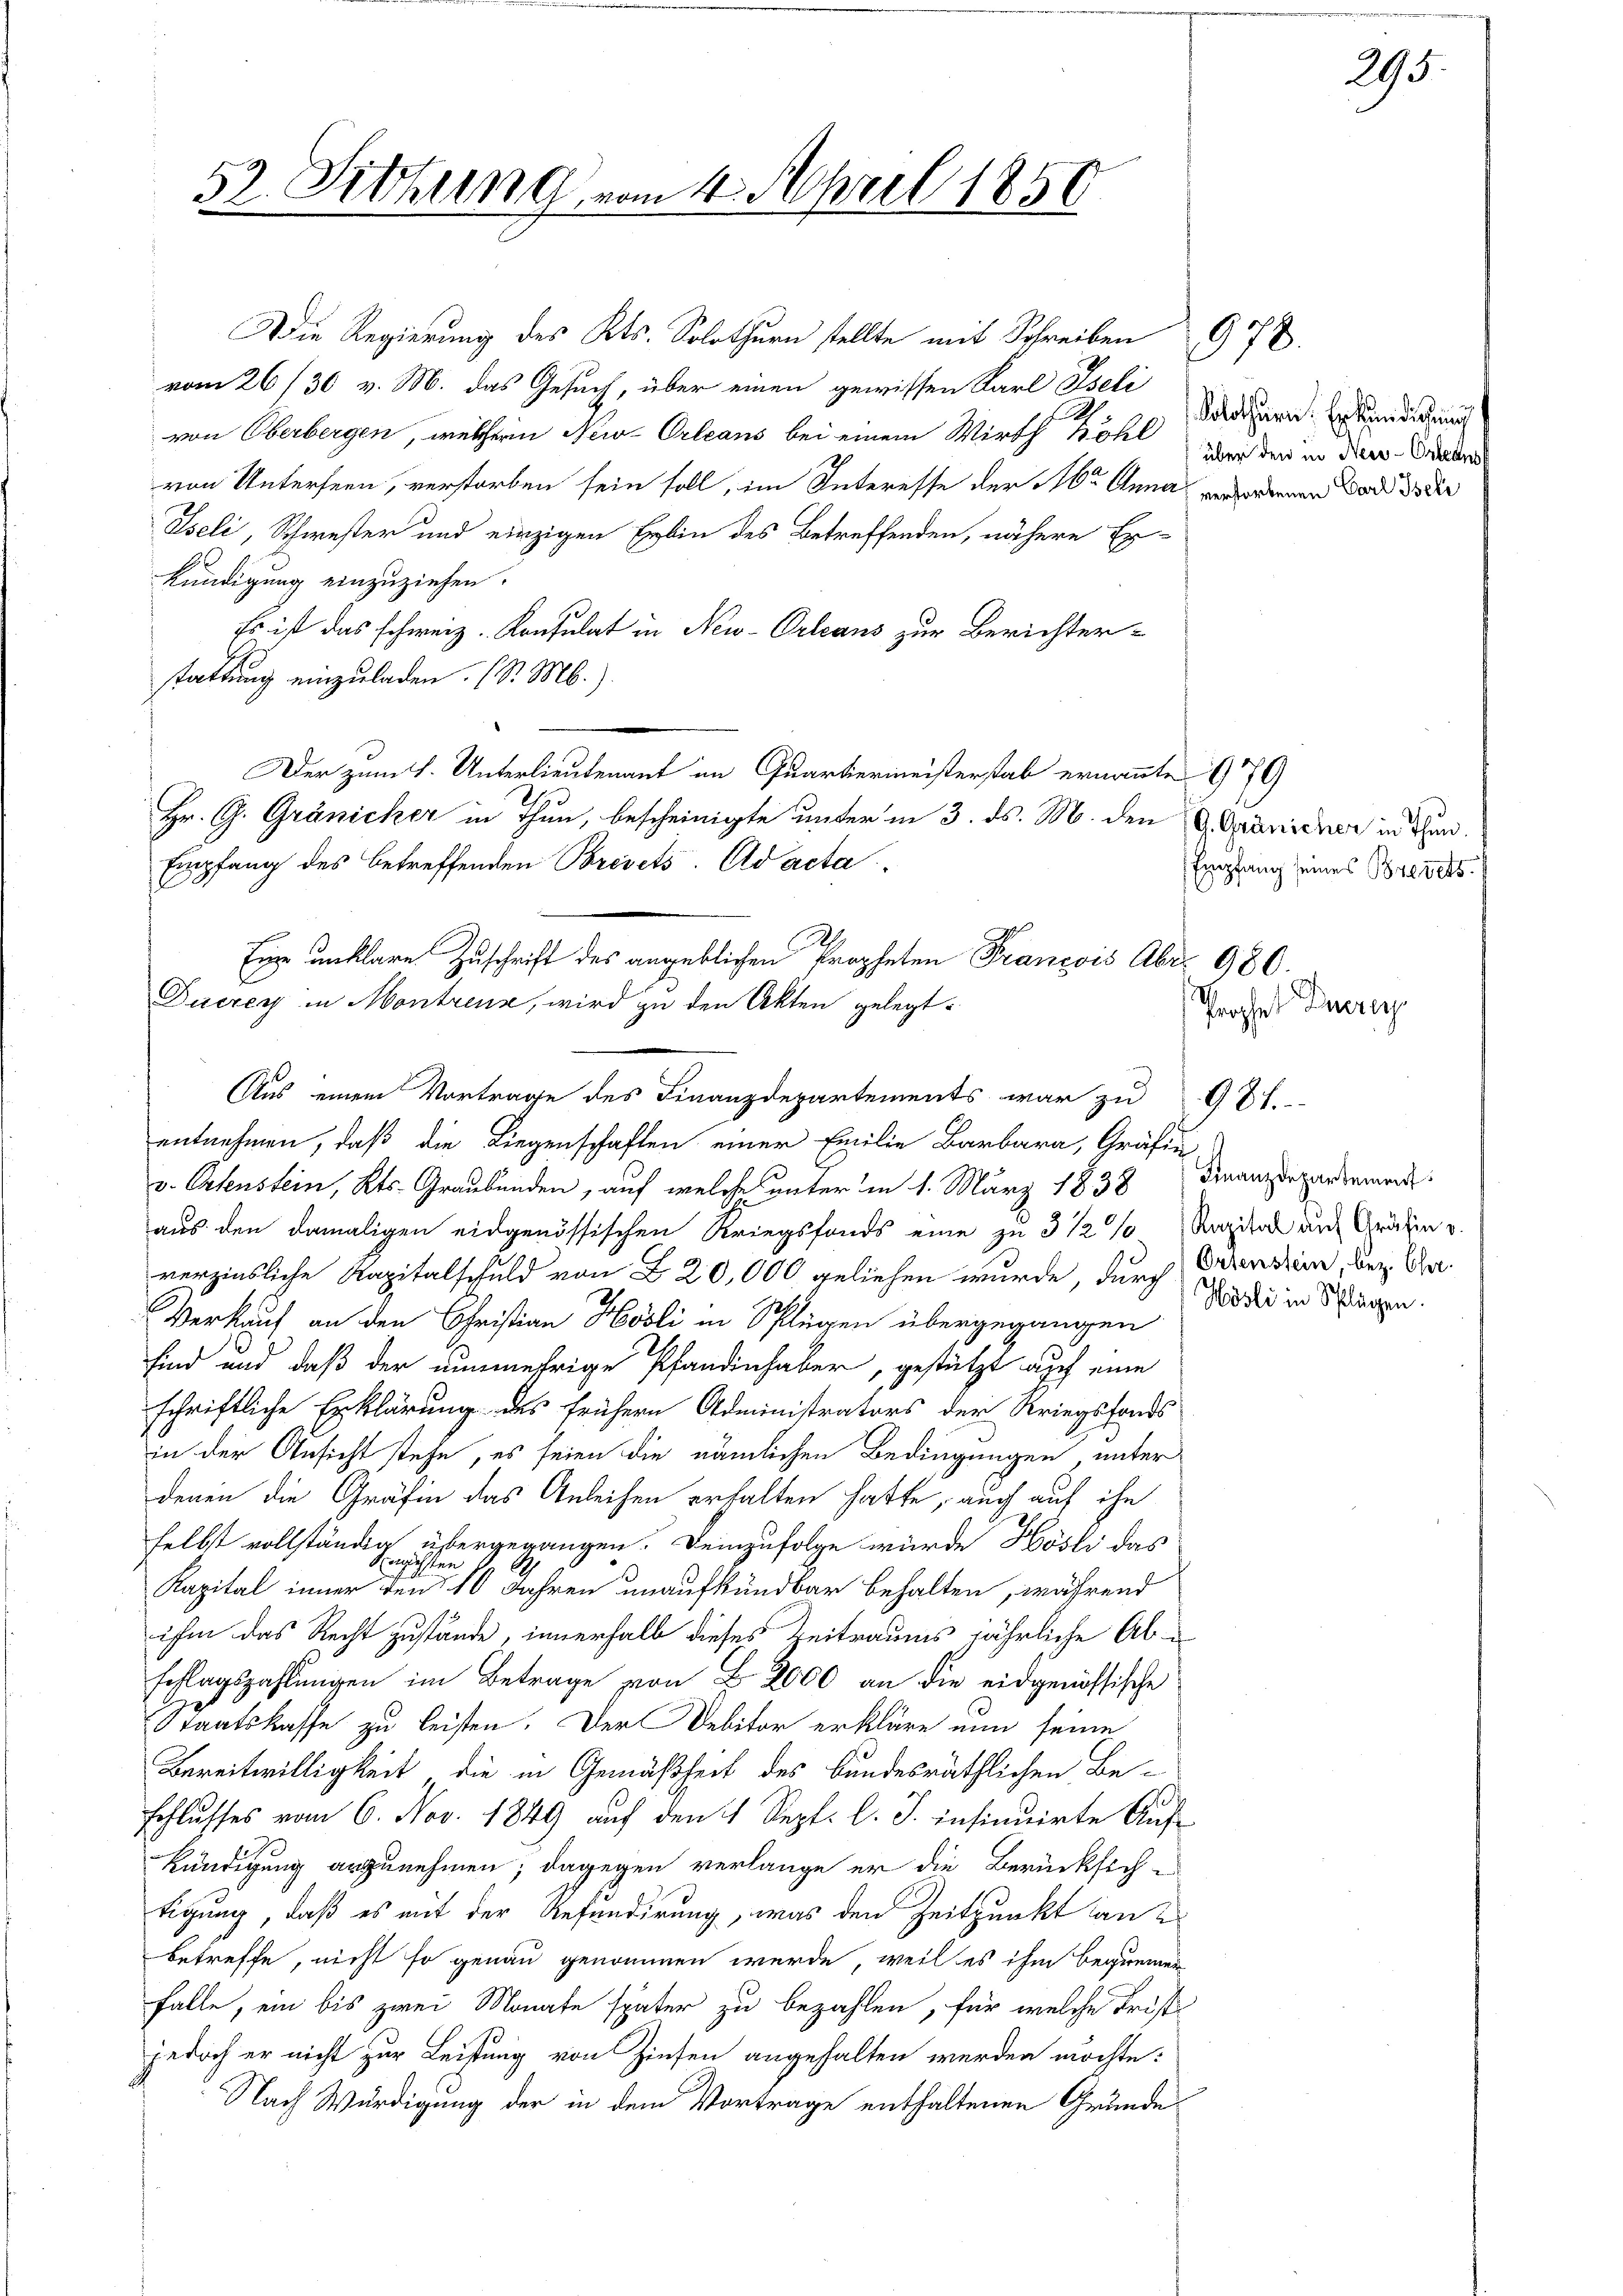
52. Sitzung vom 1. April 1850

von Oberbergen, welchern New-Orleans bei einem Wirth Kohl
von Unterseen, verstorben sein soll, im Interesse der Dr. Anna verordenen Bad 3 der
Iseli, Schwester und einzigen Erbin des Betreffenden, nähere Er-
6
kündigung einzuziehen.
Es ist das schweiz. Konsulat in New-Orleans zur Berichter-
stattung einzuladen. (S. M.)
Der zum H. Unterlieutenant im Quartiermeisterstab ernannte 970
Hr. G. Gränicker in Thun, bescheinigte unter in 3. ds. M. den Gränicher in den
Empfang des betreffenden Brevets-Ad acta

Eine unklare Zuschrift des angeblichen Propheten Francois Abr. 980.
Ducrey in Montreux, wird zu den Akten gelegt.
Aus einem Vortrage des Finanzdepartements war zu 981.

Die Regierung des Kts. Solothurn stellte mit Schreiben
vom 26/30 v. M. das Gesuch, über einen gewissen Karl Iseli

Solothurn. Erkundigung
über den in Neu-Orleant

entnehmen, daß die Liegenschaften einer Emilie Barbara, Gräfin-
v. Ortenstein, Kts. Graubünden, auf welche unterm 1. März 1838
aus den damaligen eidgenössischen Kriegsfonds eine zu 3 1/2 % Kapital auf Gräfin v.
verzinsliche Kapitalschuld von 20,000 geliehen wurde, durch Branden, der An¬
Verkauf an den Christian Hösli in Splügen übergegangen
sind und daß der nunmehrige Pfandinhaber, gestützt auf eine
schriftliche Erklärung des frühern Administrators der Kriegsfonds
in der Ansicht stehe, es seien die nämlichen Bedingungen unter
denen die Gräfin das Anleihen erhalten hatte, auch auf ihn
selbst vollständig übergegangen. demzufolge würde Hösli das
ansichten 1
Kapital inner den 10 Jahren unaufkündbar behalten, während
ihm das Recht zustände, innerhalb dieses Zeitraums jährliche Abschlagszahlungen im Betrage von B. 2000 an die eidgenössische
Staatskasse zu leisten. Der Debitor erkläre nun seine
Bereitwilligkeit, die in Gemäßheit des bundesräthlichen Be¬
Schlusses vom 6. Nov. 1849 auf den 1 Sept. l. J. insinuirte Auf¬
Kündigung anzunehmen; dagegen verlange er die Berücksich-
tigung, daß es mit der Refundirung, was den Zeitpunkt an
betreffe, nicht so genau genommen werde, weil es ihm bequemen
falle, ein bis zwei Monate später zu bezahlen, für welche Frist-
jedoch er nicht zur Leistung von Zinsen angehalten werden möchte.
Nach Würdigung der in dem Vortrage enthaltenen Grunde

678.

Empfang seines Brevets.
Prophes Duerer

Finanzdepartement
Hösli in Splügen.

293